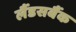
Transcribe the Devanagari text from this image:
लैंडसबैंक